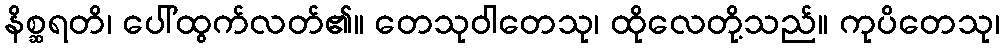
နိစ္ဆရတိ၊ ပေါ်ထွက်လတ်၏။ တေသုဝါတေသု၊ ထိုလေတို့သည်။ ကုပိတေသု၊